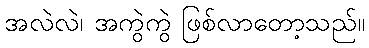
အလဲလဲ၊ အကွဲကွဲ ဖြစ်လာတော့သည်။